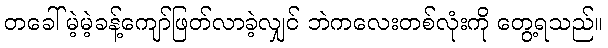
တခေါ်မဲ့မဲ့ခန့်ကျော်ဖြတ်လာခဲ့လျှင် ဘဲကလေးတစ်လုံးကို တွေ့ရသည်။